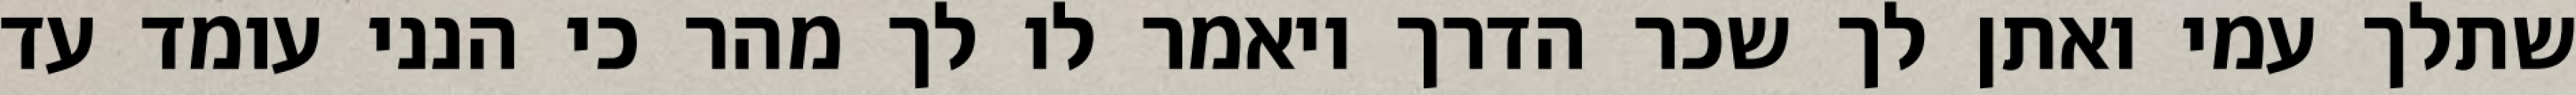
שתלך עמי ואתן לך שכר הדרך ויאמר לו לך מהר כי הנני עומד עד